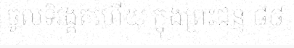
ចូលទិវង្គតហើយ ក្នុងព្រះជន្ម ៨៨